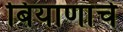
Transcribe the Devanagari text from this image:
बियाणांचे